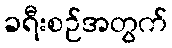
ခရီးစဉ်အတွက်